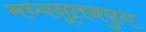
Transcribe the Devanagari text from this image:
मध्यनूतनयुग